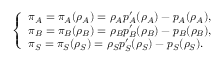
\left\{ \begin{array} { l l } { \pi _ { A } = \pi _ { A } ( \rho _ { A } ) = \rho _ { A } p _ { A } ^ { \prime } ( \rho _ { A } ) - p _ { A } ( \rho _ { A } ) , } \\ { \pi _ { B } = \pi _ { B } ( \rho _ { B } ) = \rho _ { B } p _ { B } ^ { \prime } ( \rho _ { B } ) - p _ { B } ( \rho _ { B } ) , } \\ { \pi _ { S } = \pi _ { S } ( \rho _ { S } ) = \rho _ { S } p _ { S } ^ { \prime } ( \rho _ { S } ) - p _ { S } ( \rho _ { S } ) . } \end{array} \right.